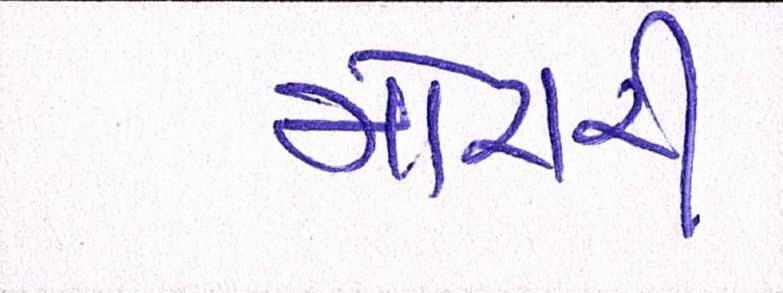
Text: મોરારી